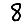
Digit: 8